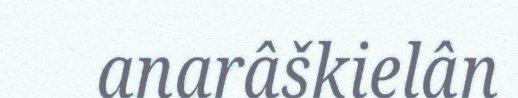
anarâškielân